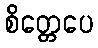
စိတ္တေပေ